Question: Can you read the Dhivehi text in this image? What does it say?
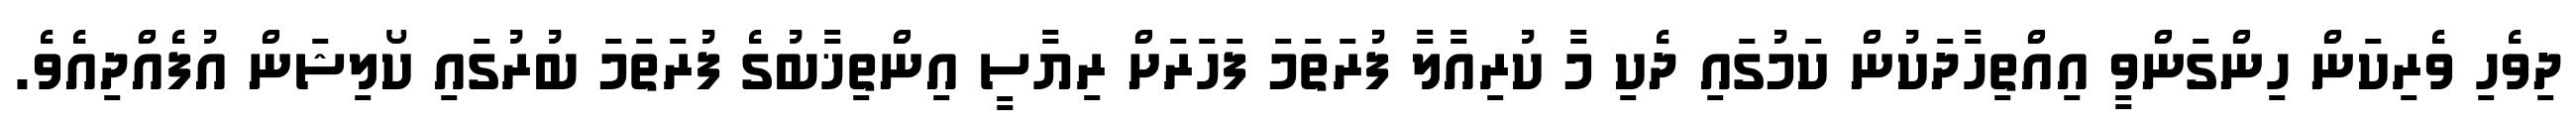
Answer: ދިވެހި ވެރިކަން ހިންގަންވީ އިއްތިހާދަކުން ކަމުގައި ދެކި މާ ކުރިއާލާ ފުރަތަމަ ފަހަރަށް ރިޔާސީ އިންތިޚާބުގެ ފުރަތަމަ ބުރުގައި ކޯލިޝަން އުފެއްދިއެވެ.